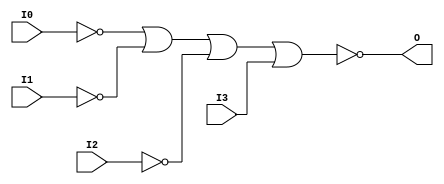

/*

FUNCTION	: 4-INPUT NOR GATE

*/

`timescale  100 ps / 10 ps

`celldefine

module NOR4B3 (O, I0, I1, I2, I3);


    output O;

    input  I0, I1, I2, I3;

    not N2 (i2_inv, I2);
    not N1 (i1_inv, I1);
    not N0 (i0_inv, I0);
    nor O1 (O, i0_inv, i1_inv, i2_inv, I3);

    specify
	(I0 *> O) = (0, 0);
	(I1 *> O) = (0, 0);
	(I2 *> O) = (0, 0);
	(I3 *> O) = (0, 0);
    endspecify

endmodule

`endcelldefine